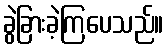
ခွဲခြားခဲ့ကြပေသည်။